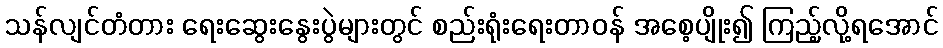
သန်လျင်တံတား ရေးဆွေးနွေးပွဲများတွင် စည်းရုံးရေးတာဝန် အစေ့ပျိုး၍ ကြည့်လို့ရအောင်